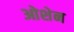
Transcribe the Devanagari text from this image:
ओशेन